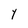
Character: Y